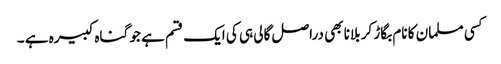
کسی مسلمان کا نام بگاڑ کر بلانا بھی دراصل گالی ہی کی ایک قسم ہے جو گناہ کبیرہ ہے ۔